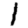
Digit: 1